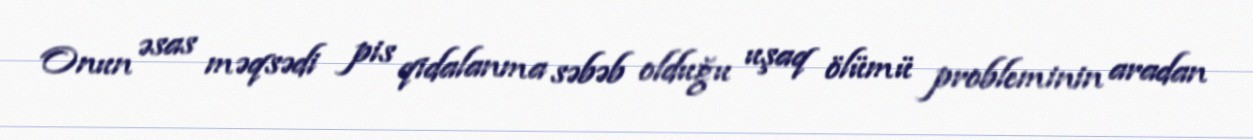
Onun əsas məqsədi pis qidalanma səbəb olduğu uşaq ölümü probleminin aradan